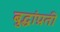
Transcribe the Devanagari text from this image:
बुद्धांप्रती